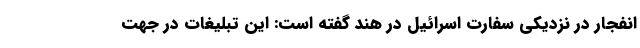
انفجار در نزدیکی سفارت اسرائیل در هند گفته است: این تبلیغات در جهت